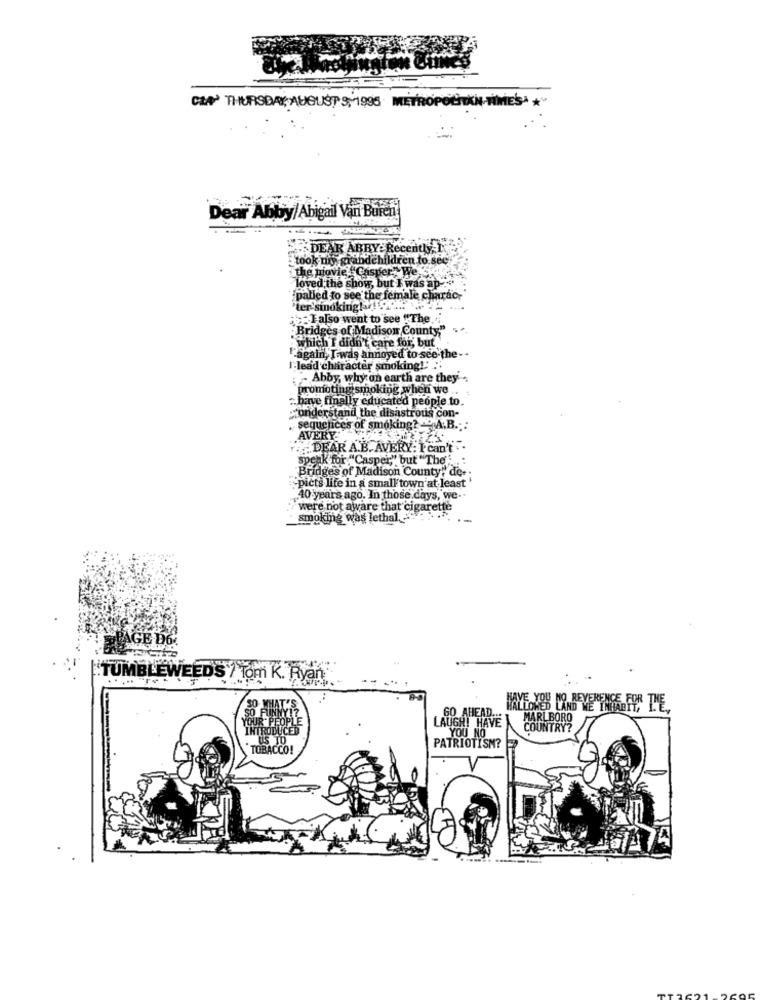
CLA THURSDAYAUGUST 9, 1995 METROPOLITAN TIMES* *
Dear Abby/Abigail Van Buren
DEAR ABBY: Recently 1.
took mys
grandchildren to see
the h
Casper."We S
loved the show, but I was
as ap
palled to see the female charac.
"ter'sinoking!a
Ialso went to see "The ..
"Bridges of Madison County,"
which I didn't care for, but
"again, I was annoyed to see the --
I-lead character smoking !:
Abby, why on earth are they
promoting smoking when we ..
have finally educated people to.
understand the disastrous con-
sequences of smoking? - A.B .: :
AVERY
... DEAR A.B. AVERY: I can't . .
speak for "Casper," but "The'
Bridges of Madison County" de-
"picts life in a small town at least'
40 years ago. In those days, we ..
were not aware that cigarette
smoking was lethal. -
--
TUMBLEWEEDS / Tom K. Ryan
60 AHEAD ...
MARLBORO
INTRODUCED
LAUGH! HAVE
YOU NO
COUNTRY?
US IL
TOBACCO!
PATRIOTISM?